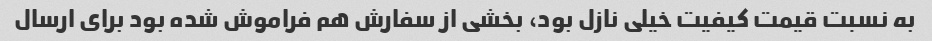
به نسبت قیمت کیفیت خیلی نازل بود، بخشی از سفارش هم فراموش شده بود برای ارسال